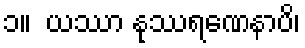
၁။  ယဿာ နုဿရဏေနာပိ၊